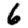
Digit: 6